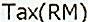
TAX(RM)